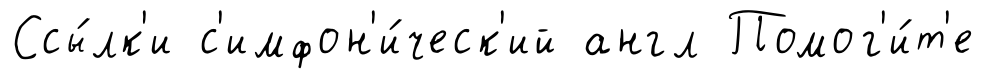
Ссы́лк'и с'имфон'и́ческ'ий англ Помог'и́т'е